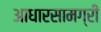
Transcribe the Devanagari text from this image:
आधारसामग्री